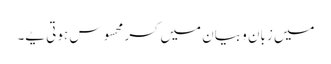
میں زبان و بیان میں کسر محسوس ہوتی یے۔